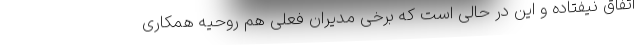
اتفاق نیفتاده و این در حالی است که برخی مدیران فعلی هم روحیه همکاری